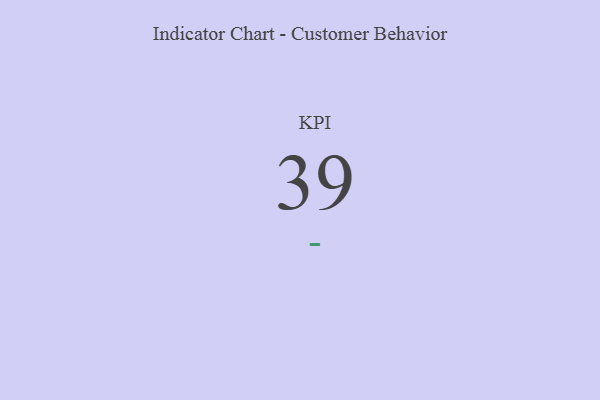
{"axis": {"x": "KPI", "y": "Value"}, "legend": [""], "data": [{"x": "KPI", "y": 39, "type": ""}]}